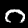
Label: 0